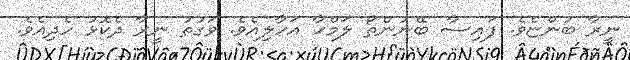
ނީރާ ބުންޏެވެ. ފައިސާ ބޭނުންތޯ ލަމްހާ އަހާލިއެވެ. ވަގުތު ނީރާ ދެކޮޅު ހެދިއެވެ.